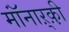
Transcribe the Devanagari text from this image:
मॉंनाऱ्क़़ी